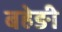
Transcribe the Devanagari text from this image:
बहेङी